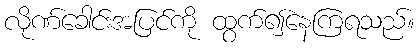
လိုဏ်ခေါင်းအပြင်ကို ထွက်၍နေကြရသည်။